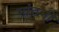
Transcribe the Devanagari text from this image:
गांठनी